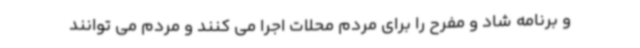
و برنامه شاد و مفرح را برای مردم محلات اجرا می کنند و مردم می توانند